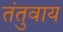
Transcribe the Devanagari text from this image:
तंतुवाय